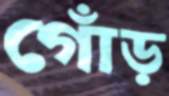
গোঁড়